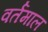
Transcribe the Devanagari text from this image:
वर्तमाल